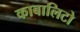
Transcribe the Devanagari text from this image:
काबालिटो